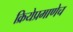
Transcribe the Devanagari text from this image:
क्रियेप्रमाणेच